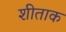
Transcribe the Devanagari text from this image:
शीताक